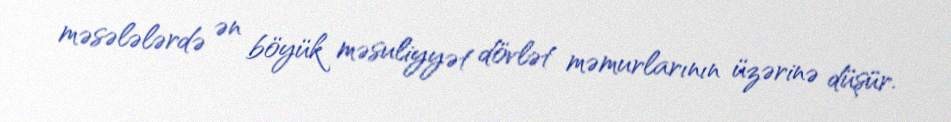
məsələlərdə ən böyük məsuliyyət dövlət məmurlarının üzərinə düşür.